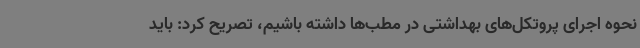
نحوه اجرای پروتکل‌های بهداشتی در مطب‌ها داشته باشیم، تصریح کرد: باید